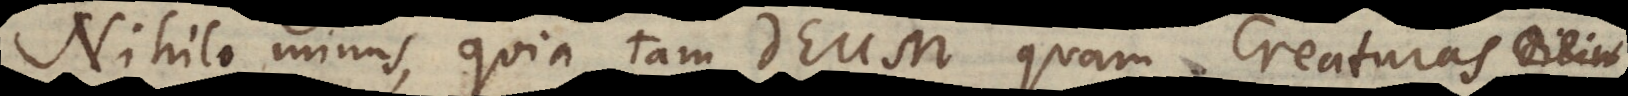
Nihilominus, quia tam Deum quam Creaturas